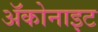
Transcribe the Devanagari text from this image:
ॲकोनाइट